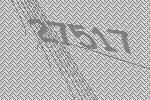
27517